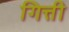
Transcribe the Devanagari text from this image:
गित्ती